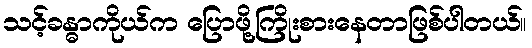
သင့်ခန္ဓာကိုယ်က ပြောဖို့ကြိုးစားနေတာဖြစ်ပါတယ်။